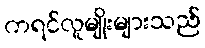
ကရင်လူမျိုးများသည်